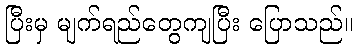
ပြီးမှ မျက်ရည်တွေကျပြီး ပြောသည်။